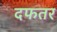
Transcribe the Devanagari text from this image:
दफतर